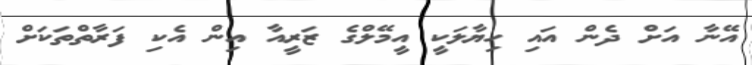
އޭނާ އަށް ދެން އައި ހިޔާލަކީ އީމޭލްގެ ޒަރީއާ އިން އެކި ފަރާތްތަކަށް